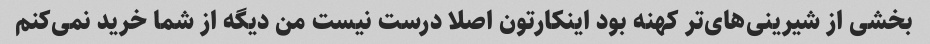
بخشی از شیرینی‌های‌تر کهنه بود اینکارتون اصلا درست نیست من دیگه از شما خرید نمی‌کنم